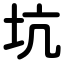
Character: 坑